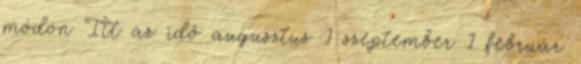
módon Itt az idő augusztus 1 szeptember 1 február